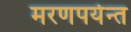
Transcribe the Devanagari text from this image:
मरणपर्यन्त